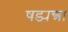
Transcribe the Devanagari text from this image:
षड्यन्त्रा